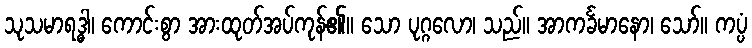
သုသမာရဒ္ဓါ၊ ကောင်းစွာ အားထုတ်အပ်ကုန်၏။ သော ပုဂ္ဂလော၊ သည်။ အာကင်္ခမာနော၊ သော်။ ကပ္ပံ